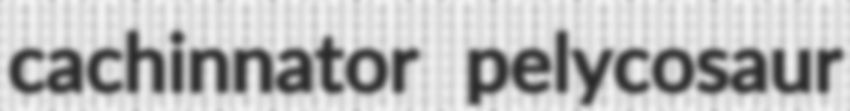
cachinnator pelycosaur